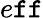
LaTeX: e\mathtt{f}\mathtt{f}